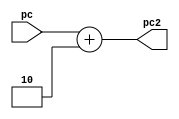
module add2(pc,pc2);
	input[15:0] pc;

	output reg [15:0] pc2;
	
	always@(*) 
	begin
		pc2 = pc + 2;
	end
endmodule